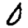
Digit: 0